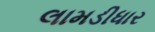
લામડીધાર